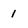
Character: 1